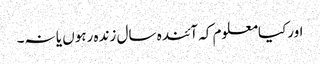
اورکیامعلوم کہ آئندہ سال زندہ رہوں یا نہ۔